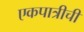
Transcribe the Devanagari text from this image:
एकपात्रीची